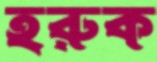
হরুক